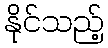
နိုင်သည့်